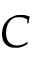
C